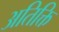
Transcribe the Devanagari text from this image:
अतिक्ति